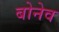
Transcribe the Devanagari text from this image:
बोनेव